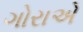
ગોરાએ